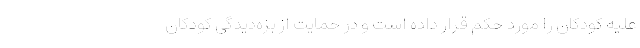
علیه کودکان را مورد حکم قرار داده است و در حمایت از بزه‌دیدگی کودکان